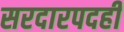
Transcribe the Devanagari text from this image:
सरदारपदही